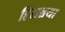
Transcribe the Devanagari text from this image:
हिरान्नया